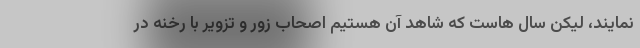
نمایند، لیکن سال هاست که شاهد آن هستیم اصحاب زور و تزویر با رخنه در